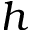
h